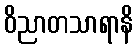
ဝိညာတသာရာနိ